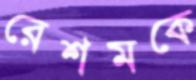
রেশমকে